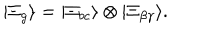
LaTeX: | \Xi _ { g } \rangle = | \Xi _ { b c } \rangle \otimes | \Xi _ { \beta \gamma } \rangle .